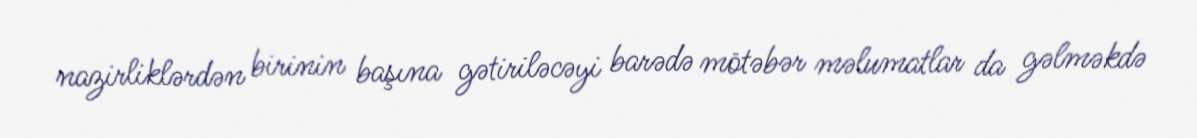
nazirliklərdən birinin başına gətiriləcəyi barədə mötəbər məlumatlar da gəlməkdə